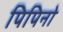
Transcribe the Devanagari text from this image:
पिपिनो